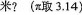
米? (π取3.14)